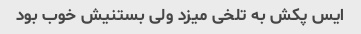
ایس پکش به تلخی میزد ولی بستنیش خوب بود